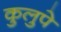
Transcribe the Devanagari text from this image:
कुलुपे